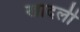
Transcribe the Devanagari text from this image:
खादली